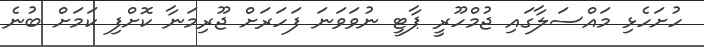
ހުށަހެޅި މައްސަލާގައި ޖުމްހޫރީ ޕާޓީ ނުވަަވަނަ ފަހަރަށް ޖޫރިމަނާ ކޮށްފި ކަމަށް ބުނެ